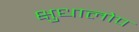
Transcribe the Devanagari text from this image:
क्षुधालोप